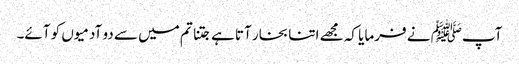
آپﷺ نے فرمایا کہ مجھے اتنا بخار آتا ہے جتنا تم میں سے دو آدمیوں کو آئے۔